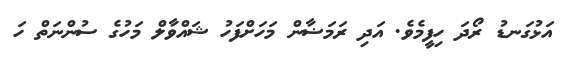
އަޅުގަނޑު ރޯދަ ހިފީމެވެ. އަދި ރަމަޟާން މަހަށްފަހު ޝައްވާލް މަހުގެ ސުންނަތް ހަ